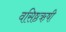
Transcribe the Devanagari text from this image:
वसिष्ठऋषी